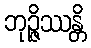
ဘုဉ္ဇိဿန္တိ